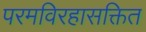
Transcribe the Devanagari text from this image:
परमविरहासक्तित